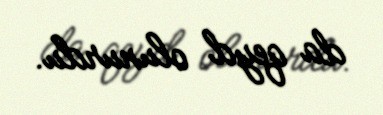
da qeyd olunurdu.